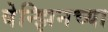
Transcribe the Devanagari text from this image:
बेन्झिनच्या